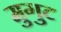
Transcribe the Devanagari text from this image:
मुगुट